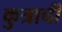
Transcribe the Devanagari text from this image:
कुत्राची